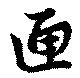
匣